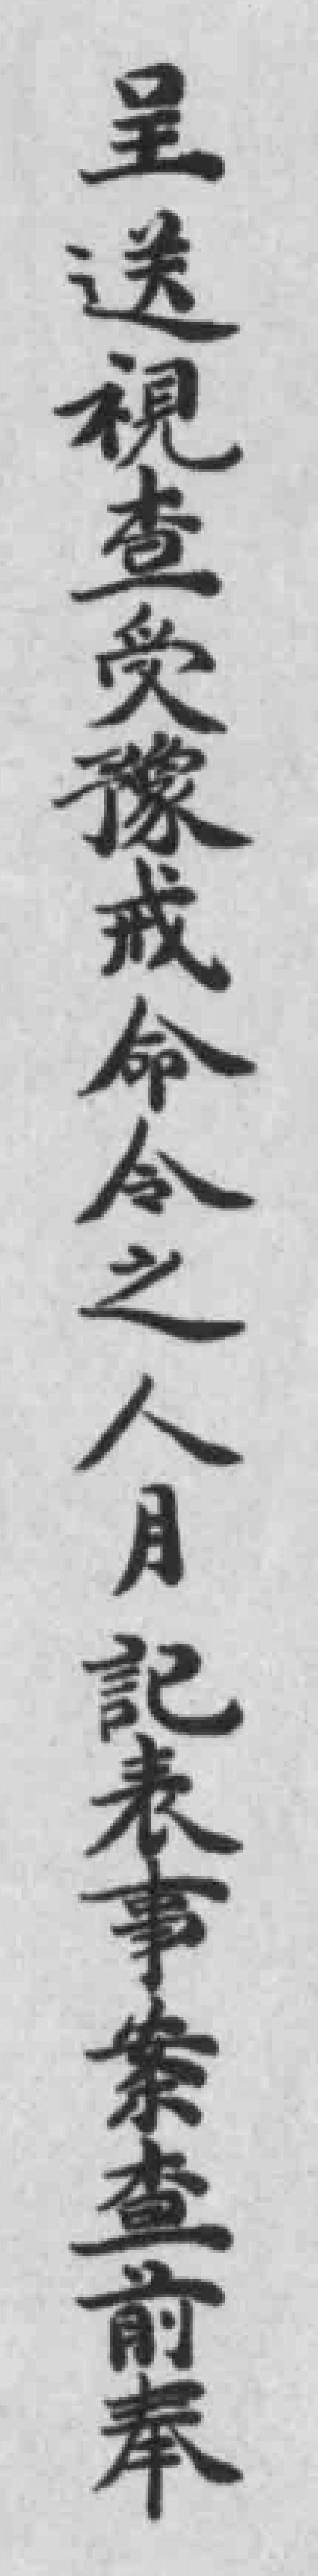
呈送視查受豫戒命令之人月記表事案查前奉